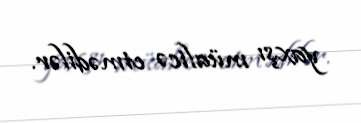
yaxşı müalicə etmədilər.